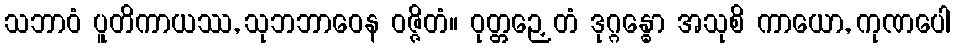
သဘာဝံ ပူတိကာယဿ, သုဘဘာဝေန ဝဇ္ဇိတံ။ ဝုတ္တဉှေတံ ဒုဂ္ဂန္ဓော အသုစိ ကာယော, ကုဏပေါ